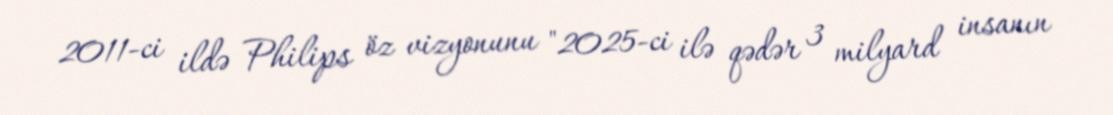
2011-ci ildə Philips öz vizyonunu "2025-ci ilə qədər 3 milyard insanın